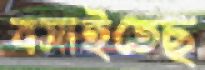
বসাইতেছ